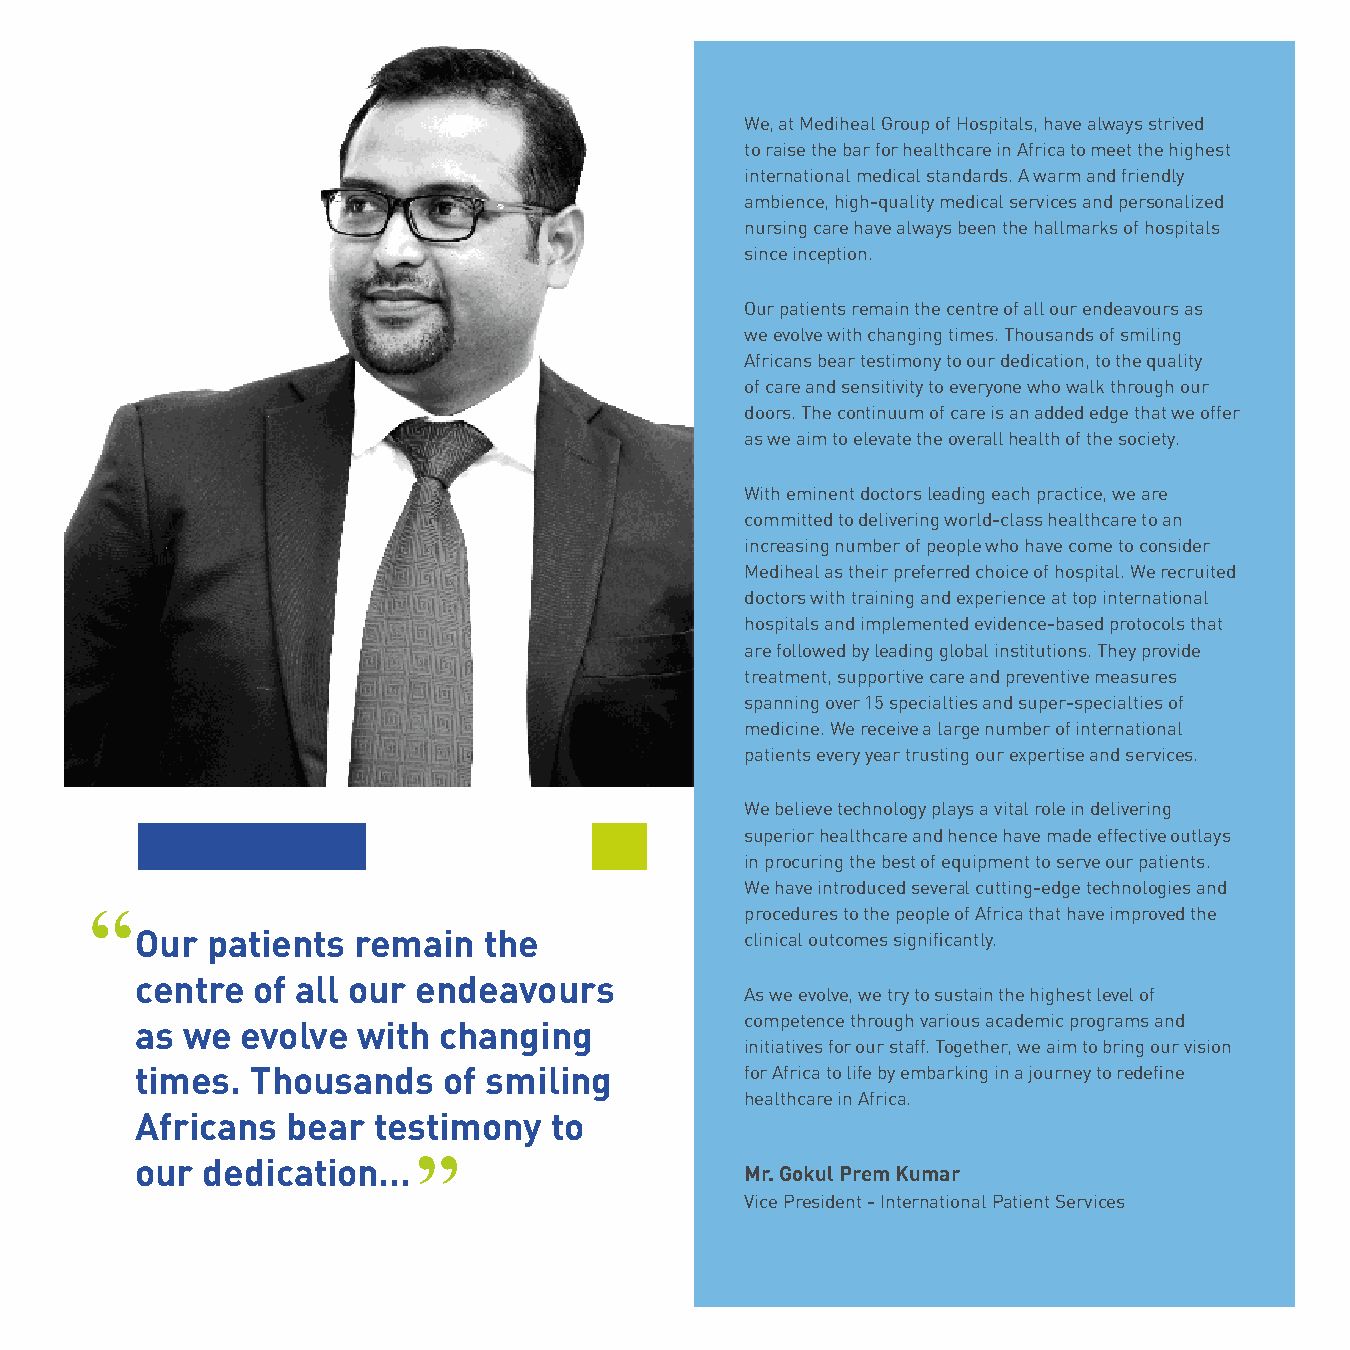
We, at Mediheal Group of Hospitals, have always strived
 to raise the bar for healthcare in Africa to meet the highest
 international medical standards. A warm and friendly
 ambience, high-quality medical services and personalized
 nursing care have always been the hallmarks of hospitals
 since inception.
 Our patients remain the centre of all our endeavours as
 we evolve with changing times. Thousands of smiling
 Africans bear testimony to our dedication, to the quality
 of care and sensitivity to everyone who walk through our
 doors. The continuum of care is an added edge that we offer
 as we aim to elevate the overall health of the society.
 With eminent doctors leading each practice, we are
 committed to delivering world-class healthcare to an
 increasing number of people who have come to consider
 Mediheal as their preferred choice of hospital. We recruited
 doctors with training and experience at top international
 hospitals and implemented evidence-based protocols that
 are followed by leading global institutions. They provide
 treatment, supportive care and preventive measures
 spanning over 15 specialties and super-specialties of
 medicine. We receive a large number of international
 patients every year trusting our expertise and services.
 We believe technology plays a vital role in delivering
 superior healthcare and hence have made effective outlays
 in procuring the best of equipment to serve our patients.
 ’’
 We have introduced several cutting-edge technologies and
 procedures to the people of Africa that have improved the
 Our  patients remain   the              clinical outcomes significantly.
 centre  of all our endeavours
 As we evolve, we try to sustain the highest level of
 competence through various academic programs and
 as we  evolve  with changing
 initiatives for our staff. Together, we aim to bring our vision
 times.  Thousands   of smiling          for Africa to life by embarking in a journey to redefine
 healthcare in Africa.
 Africans  bear  testimony  to
 ’’
 our dedication...
 Mr. Gokul Prem Kumar
 Vice President - International Patient Services